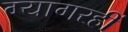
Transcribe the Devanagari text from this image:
ग्यागरहीं